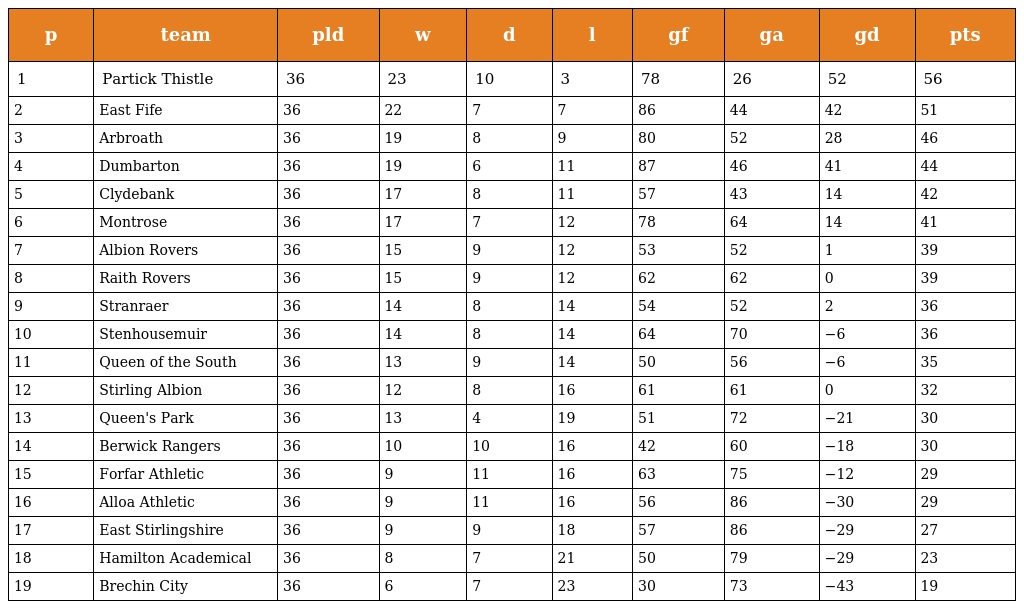
| p | team | pld | w | d | l | gf | ga | gd | pts |
 | --- | --- | --- | --- | --- | --- | --- | --- | --- | --- |
 | 1 | Partick Thistle | 36 | 23 | 10 | 3 | 78 | 26 | 52 | 56 |
 | 2 | East Fife | 36 | 22 | 7 | 7 | 86 | 44 | 42 | 51 |
 | 3 | Arbroath | 36 | 19 | 8 | 9 | 80 | 52 | 28 | 46 |
 | 4 | Dumbarton | 36 | 19 | 6 | 11 | 87 | 46 | 41 | 44 |
 | 5 | Clydebank | 36 | 17 | 8 | 11 | 57 | 43 | 14 | 42 |
 | 6 | Montrose | 36 | 17 | 7 | 12 | 78 | 64 | 14 | 41 |
 | 7 | Albion Rovers | 36 | 15 | 9 | 12 | 53 | 52 | 1 | 39 |
 | 8 | Raith Rovers | 36 | 15 | 9 | 12 | 62 | 62 | 0 | 39 |
 | 9 | Stranraer | 36 | 14 | 8 | 14 | 54 | 52 | 2 | 36 |
 | 10 | Stenhousemuir | 36 | 14 | 8 | 14 | 64 | 70 | −6 | 36 |
 | 11 | Queen of the South | 36 | 13 | 9 | 14 | 50 | 56 | −6 | 35 |
 | 12 | Stirling Albion | 36 | 12 | 8 | 16 | 61 | 61 | 0 | 32 |
 | 13 | Queen's Park | 36 | 13 | 4 | 19 | 51 | 72 | −21 | 30 |
 | 14 | Berwick Rangers | 36 | 10 | 10 | 16 | 42 | 60 | −18 | 30 |
 | 15 | Forfar Athletic | 36 | 9 | 11 | 16 | 63 | 75 | −12 | 29 |
 | 16 | Alloa Athletic | 36 | 9 | 11 | 16 | 56 | 86 | −30 | 29 |
 | 17 | East Stirlingshire | 36 | 9 | 9 | 18 | 57 | 86 | −29 | 27 |
 | 18 | Hamilton Academical | 36 | 8 | 7 | 21 | 50 | 79 | −29 | 23 |
 | 19 | Brechin City | 36 | 6 | 7 | 23 | 30 | 73 | −43 | 19 |